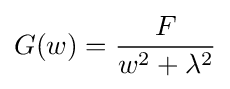
{G(w)={\frac {F}{w^{2}+\lambda ^{2}}}}